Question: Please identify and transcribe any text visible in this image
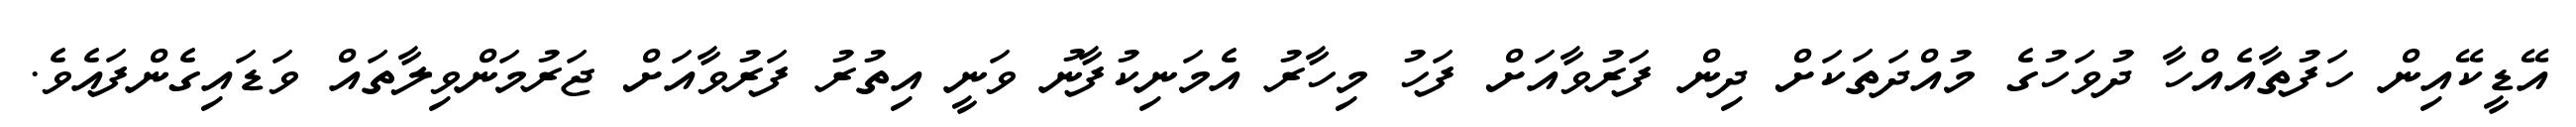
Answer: އޭޑީކޭއިން ހަފުތާއެއްހާ ދުވަހުގެ މުއްދަތަކަށް ދިން ފަރުވާއަށް ފަހު މިހާރު އެމަނިކުފާނު ވަނީ އިތުރު ފަރުވާއަށް ޖަރުމަންވިލާތައް ވަޑައިގެންފައެވެ.